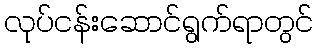
လုပ်ငန်းဆောင်ရွက်ရာတွင်